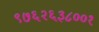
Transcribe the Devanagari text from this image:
९७६२६३८००१